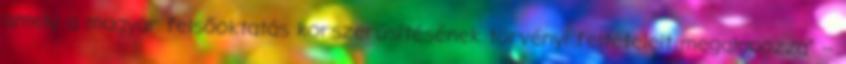
amely a magyar felsőoktatás korszerűsítésének törvényi feltételeit megalapozza” –